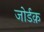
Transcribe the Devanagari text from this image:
जोर्डक़